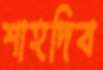
শাহদিব